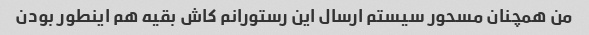
من همچنان مسحور سیستم ارسال این رستورانم کاش بقیه هم اینطور بودن